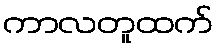
ကာလတူထက်